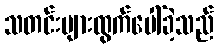
သတင်းများထွက်ပေါ်ခဲ့သည်